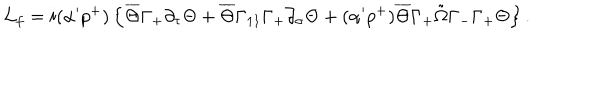
{ \cal L } _ { f } = i ( \alpha ^ { \prime } p ^ { + } ) \left\{ \overline { { { \Theta } } } \Gamma _ { + } \partial _ { \tau } \Theta + \overline { { { \Theta } } } \Gamma _ { 1 1 } \Gamma _ { + } \partial _ { \sigma } \Theta + ( \alpha ^ { \prime } p ^ { + } ) \overline { { { \Theta } } } \Gamma _ { + } \tilde { \Omega } \Gamma _ { - } \Gamma _ { + } \Theta \right\} .